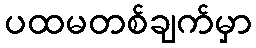
ပထမတစ်ချက်မှာ